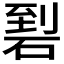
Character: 𥓬